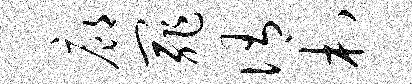
廊罪侑村